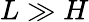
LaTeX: L\gg H